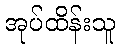
အုပ်ထိန်းသူ